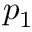
p _ { 1 }